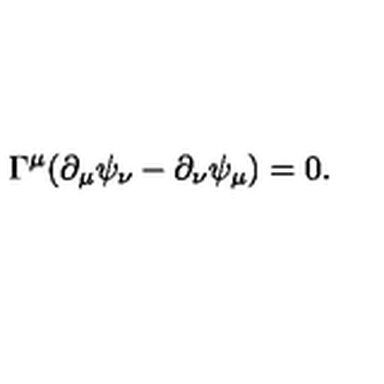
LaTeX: \Gamma ^ { \mu } ( \partial _ { \mu } \psi _ { \nu } - \partial _ { \nu } \psi _ { \mu } ) = 0 .